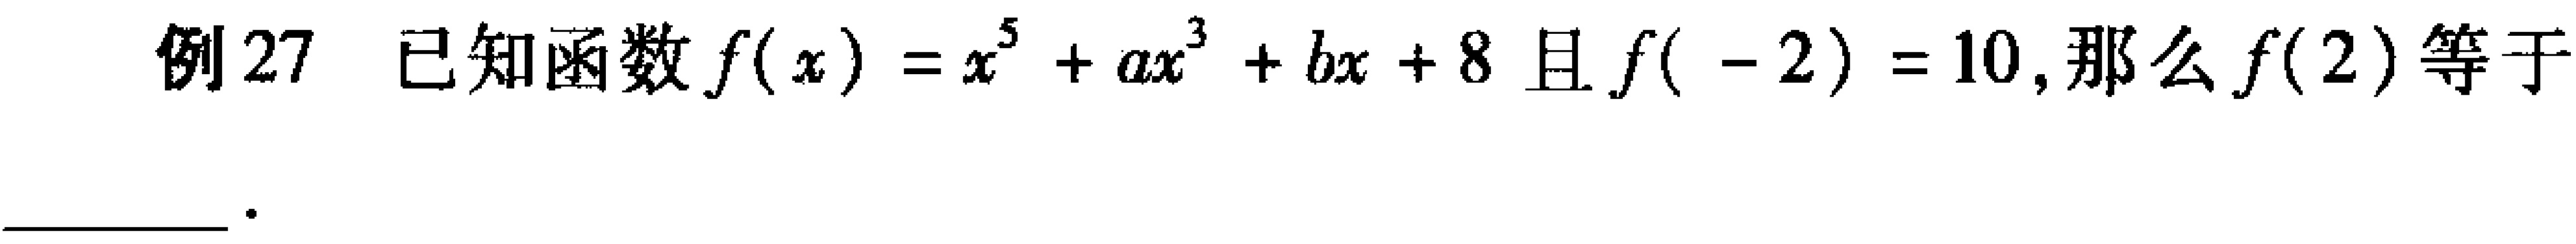
例27 已知函数\(f(x)=x^{5}+ax^{3}+bx + 8\)且\(f(-2)=10\)，那么\(f(2)\)等于  。